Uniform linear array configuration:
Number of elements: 24
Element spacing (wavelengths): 0.5
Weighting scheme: exponential
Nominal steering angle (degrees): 30
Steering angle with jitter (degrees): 30.815
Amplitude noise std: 0.05
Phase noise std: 0.05

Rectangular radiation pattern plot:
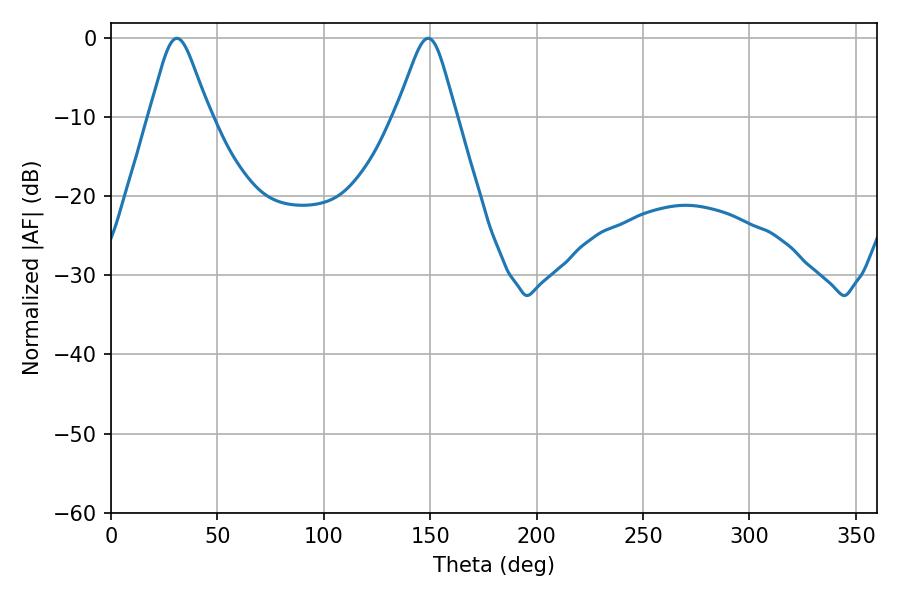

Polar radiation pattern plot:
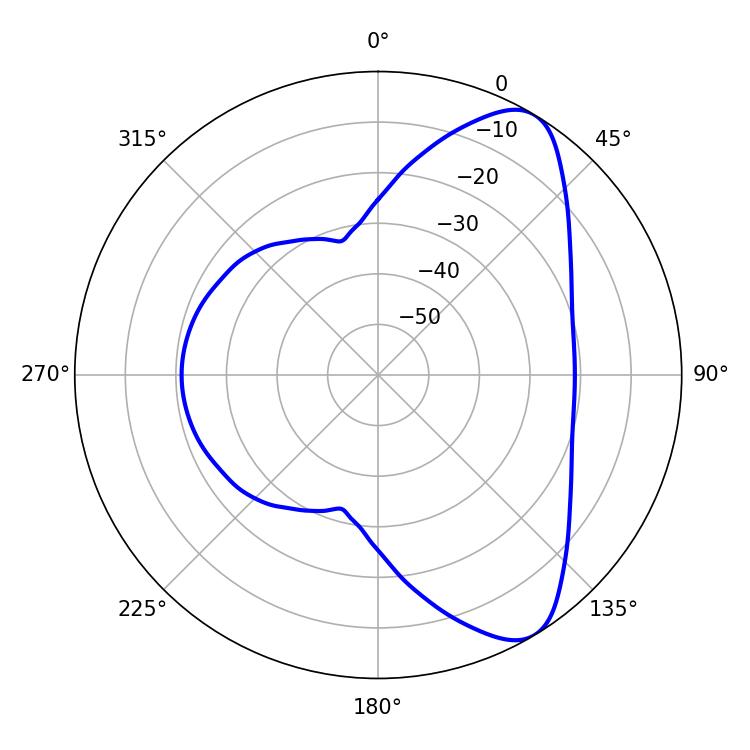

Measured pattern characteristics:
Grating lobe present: FALSE
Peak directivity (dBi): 8.196
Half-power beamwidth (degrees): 13.5
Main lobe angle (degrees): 30.96